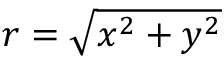
\begin{array} { r } { r = \sqrt { x ^ { 2 } + y ^ { 2 } } } \end{array}